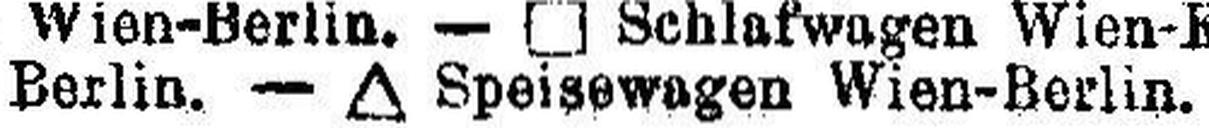
Berlin. — ∆ Speisewagen Wien-Berlin.